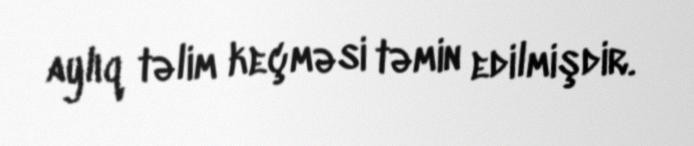
aylıq təlim keçməsi təmin edilmişdir.